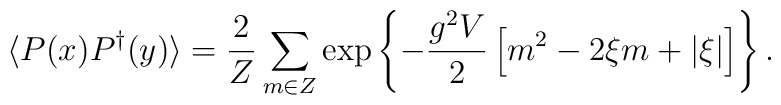
\langle P(x)P^\dagger (y) \rangle =\frac{2}{Z}\sum_{m\in Z}\exp \left\{ -\frac{g^2V}{2}\left[m^2-2\xi m+\vert\xi\vert\right]\right\}.